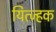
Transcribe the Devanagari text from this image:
यित्ज्हक